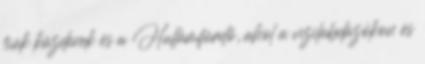
fiúk küzdenek és a Hullámfürdő, ahol a vízilabdázókon és